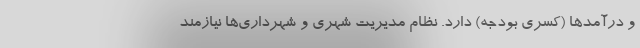
و درآمدها (کسری بودجه) دارد. نظام مدیریت شهری و شهرداری‌ها نیازمند